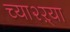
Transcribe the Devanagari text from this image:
च्या२ऱ्या